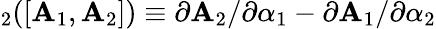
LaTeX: _2([\mathbf{A}_{1},\mathbf{A}_{2}])\equiv{\partial\mathbf{A}_{2}}/{\partial\alpha_{1}}-{\partial\mathbf{A}_{1}}/{\partial\alpha_{2}}